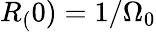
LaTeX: R_{(}0)=1/\Omega_{0}